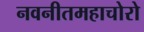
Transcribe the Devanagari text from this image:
नवनीतमहाचोरो